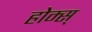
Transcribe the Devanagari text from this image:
होम्स्